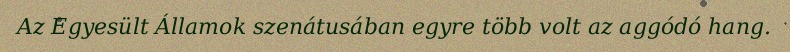
Az Egyesült Államok szenátusában egyre több volt az aggódó hang.